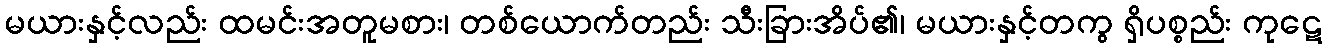
မယားနှင့်လည်း ထမင်းအတူမစား၊ တစ်ယောက်တည်း သီးခြားအိပ်၏၊ မယားနှင့်တကွ ရှိပစ္စည်း ကုဋေ